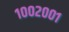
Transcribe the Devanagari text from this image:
१००२००१